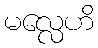
မလ္လေဟိ